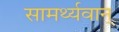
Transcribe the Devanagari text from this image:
सामर्थ्यवान्